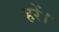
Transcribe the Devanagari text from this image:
हरें।